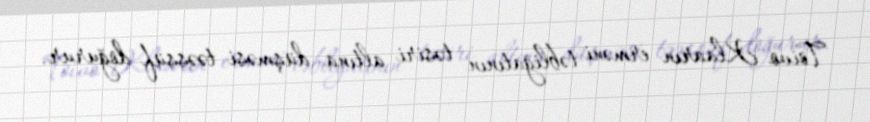
Toivo Klaarın erməni təbliğatının təsiri altına düşməsi təəssüf doğurur.